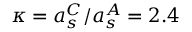
\kappa = a _ { s } ^ { C } / a _ { s } ^ { A } = 2 . 4